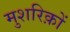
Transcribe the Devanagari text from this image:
मुशरिक़ों